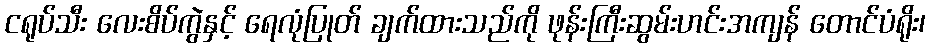
ငရုပ်သီး လေးစိပ်ကွဲနှင့် ရေလုံပြုတ် ချက်ထားသည်ကို ဖုန်းကြီးဆွမ်းဟင်းအကျန် တောင်ပံရိုး၊